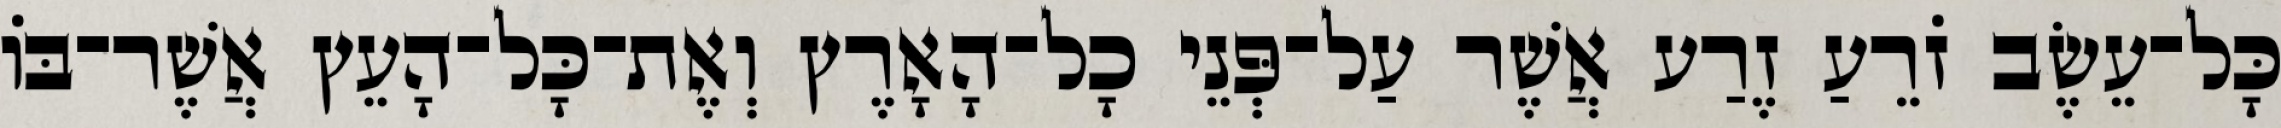
כָּל־עֵשֶׂב זֹרֵעַ זֶרַע אֲשֶׁר עַל־פְּנֵי כָל־הָאָרֶץ וְאֶת־כָּל־הָעֵץ אֲשֶׁר־בֹּו